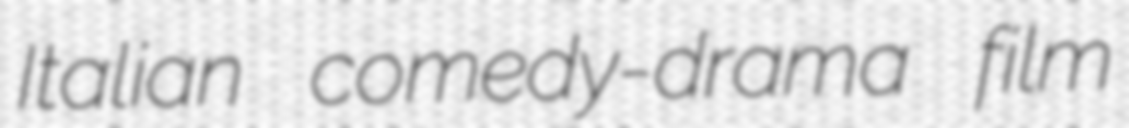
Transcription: Italian comedy-drama film